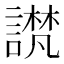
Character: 𫍉